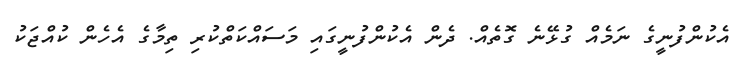
އެކުންފުނީގެ ނަމެއް ގުޅޭނެ ގޮތެއް. ދެން އެކުންފުނީގައި މަސައްކަތްކުރި ތިމާގެ އެހެން ކުއްޖަކު